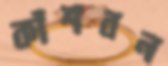
কাঁশবন